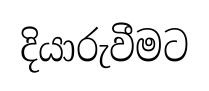
දියාරුවීමට